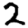
Digit: 2